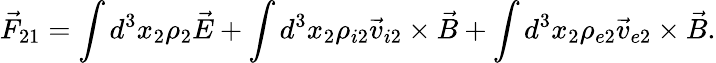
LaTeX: \vec{F}_{21}=\int d^{3}x_{2}\rho_{2}\vec{E}+\int d^{3}x_{2}\rho_{i2}\vec{v}_{i2}\times\vec{B}+\int d^{3}x_{2}\rho_{e2}\vec{v}_{e2}\times\vec{B}.